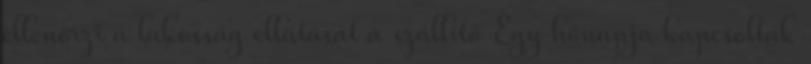
ellenőrzi a lakosság ellátását a szállító Egy hónapja kapcsolták